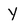
Character: Y